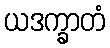
ယဒက္ခာတံ